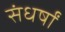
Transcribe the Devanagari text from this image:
संधर्षों